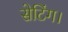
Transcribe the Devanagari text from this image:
सेटिंग।